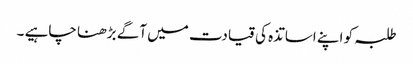
طلبہ کو اپنے اساتذہ کی قیادت میں آگے بڑھنا چاہیے ۔